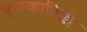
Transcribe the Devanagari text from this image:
एककानिशी